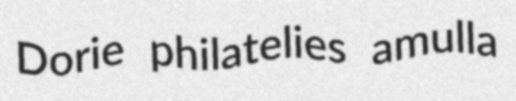
Dorie philatelies amulla